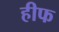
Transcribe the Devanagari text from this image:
हीफ